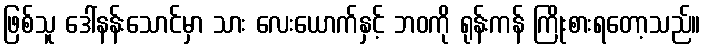
ဖြစ်သူ ဒေါ်နန်းသောင်မှာ သား လေးယောက်နှင့် ဘဝကို ရုန်းကန် ကြိုးစားရတော့သည်။